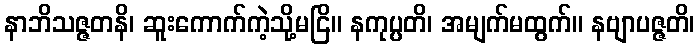
နာဘိသဇ္ဇတနိ၊ ဆူးကောက်ကဲ့သို့မငြိ။ နကုပ္ပတိ၊ အမျက်မထွက်။ နဗျာပဇ္ဇတိ၊